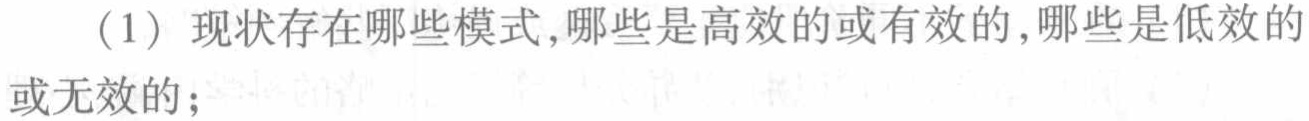
（1）现状存在哪些模式,哪些是高效的或有效的,哪些是低效的或无效的；